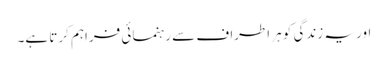
اور یہ زندگی کو ہر اطراف سے رہنمائی فراہم کرتا ہے۔